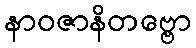
နာဝဇာနိတဗ္ဗော